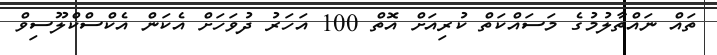
ތައް ނައްތާލުމުގެ މަސައްކަތް ކުރިއަށް އޮތް 100 އަހަރު ދުވަހަށް އެކަން އެކްސްކްލޫސިވް